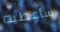
سأعطيه